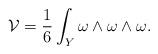
LaTeX: \begin{align*}{\cal V}=\frac{1}{6}\int_{Y}\omega\wedge\omega\wedge\omega.\end{align*}